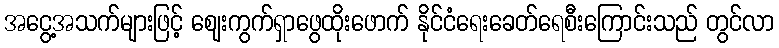
အငွေ့အသက်များဖြင့် ဈေးကွက်ရှာဖွေထိုးဖောက် နိုင်ငံရေးခေတ်ရေစီးကြောင်းသည် တွင်လာ